Bréfritari: Sigríður Pálsdóttir
Viðtakandi: Páll Pálsson
Dagsetning: A-1865-06-24
Skrifað á: Breiðabólsstað  Rang.
Páll var bróðir Sigríðar

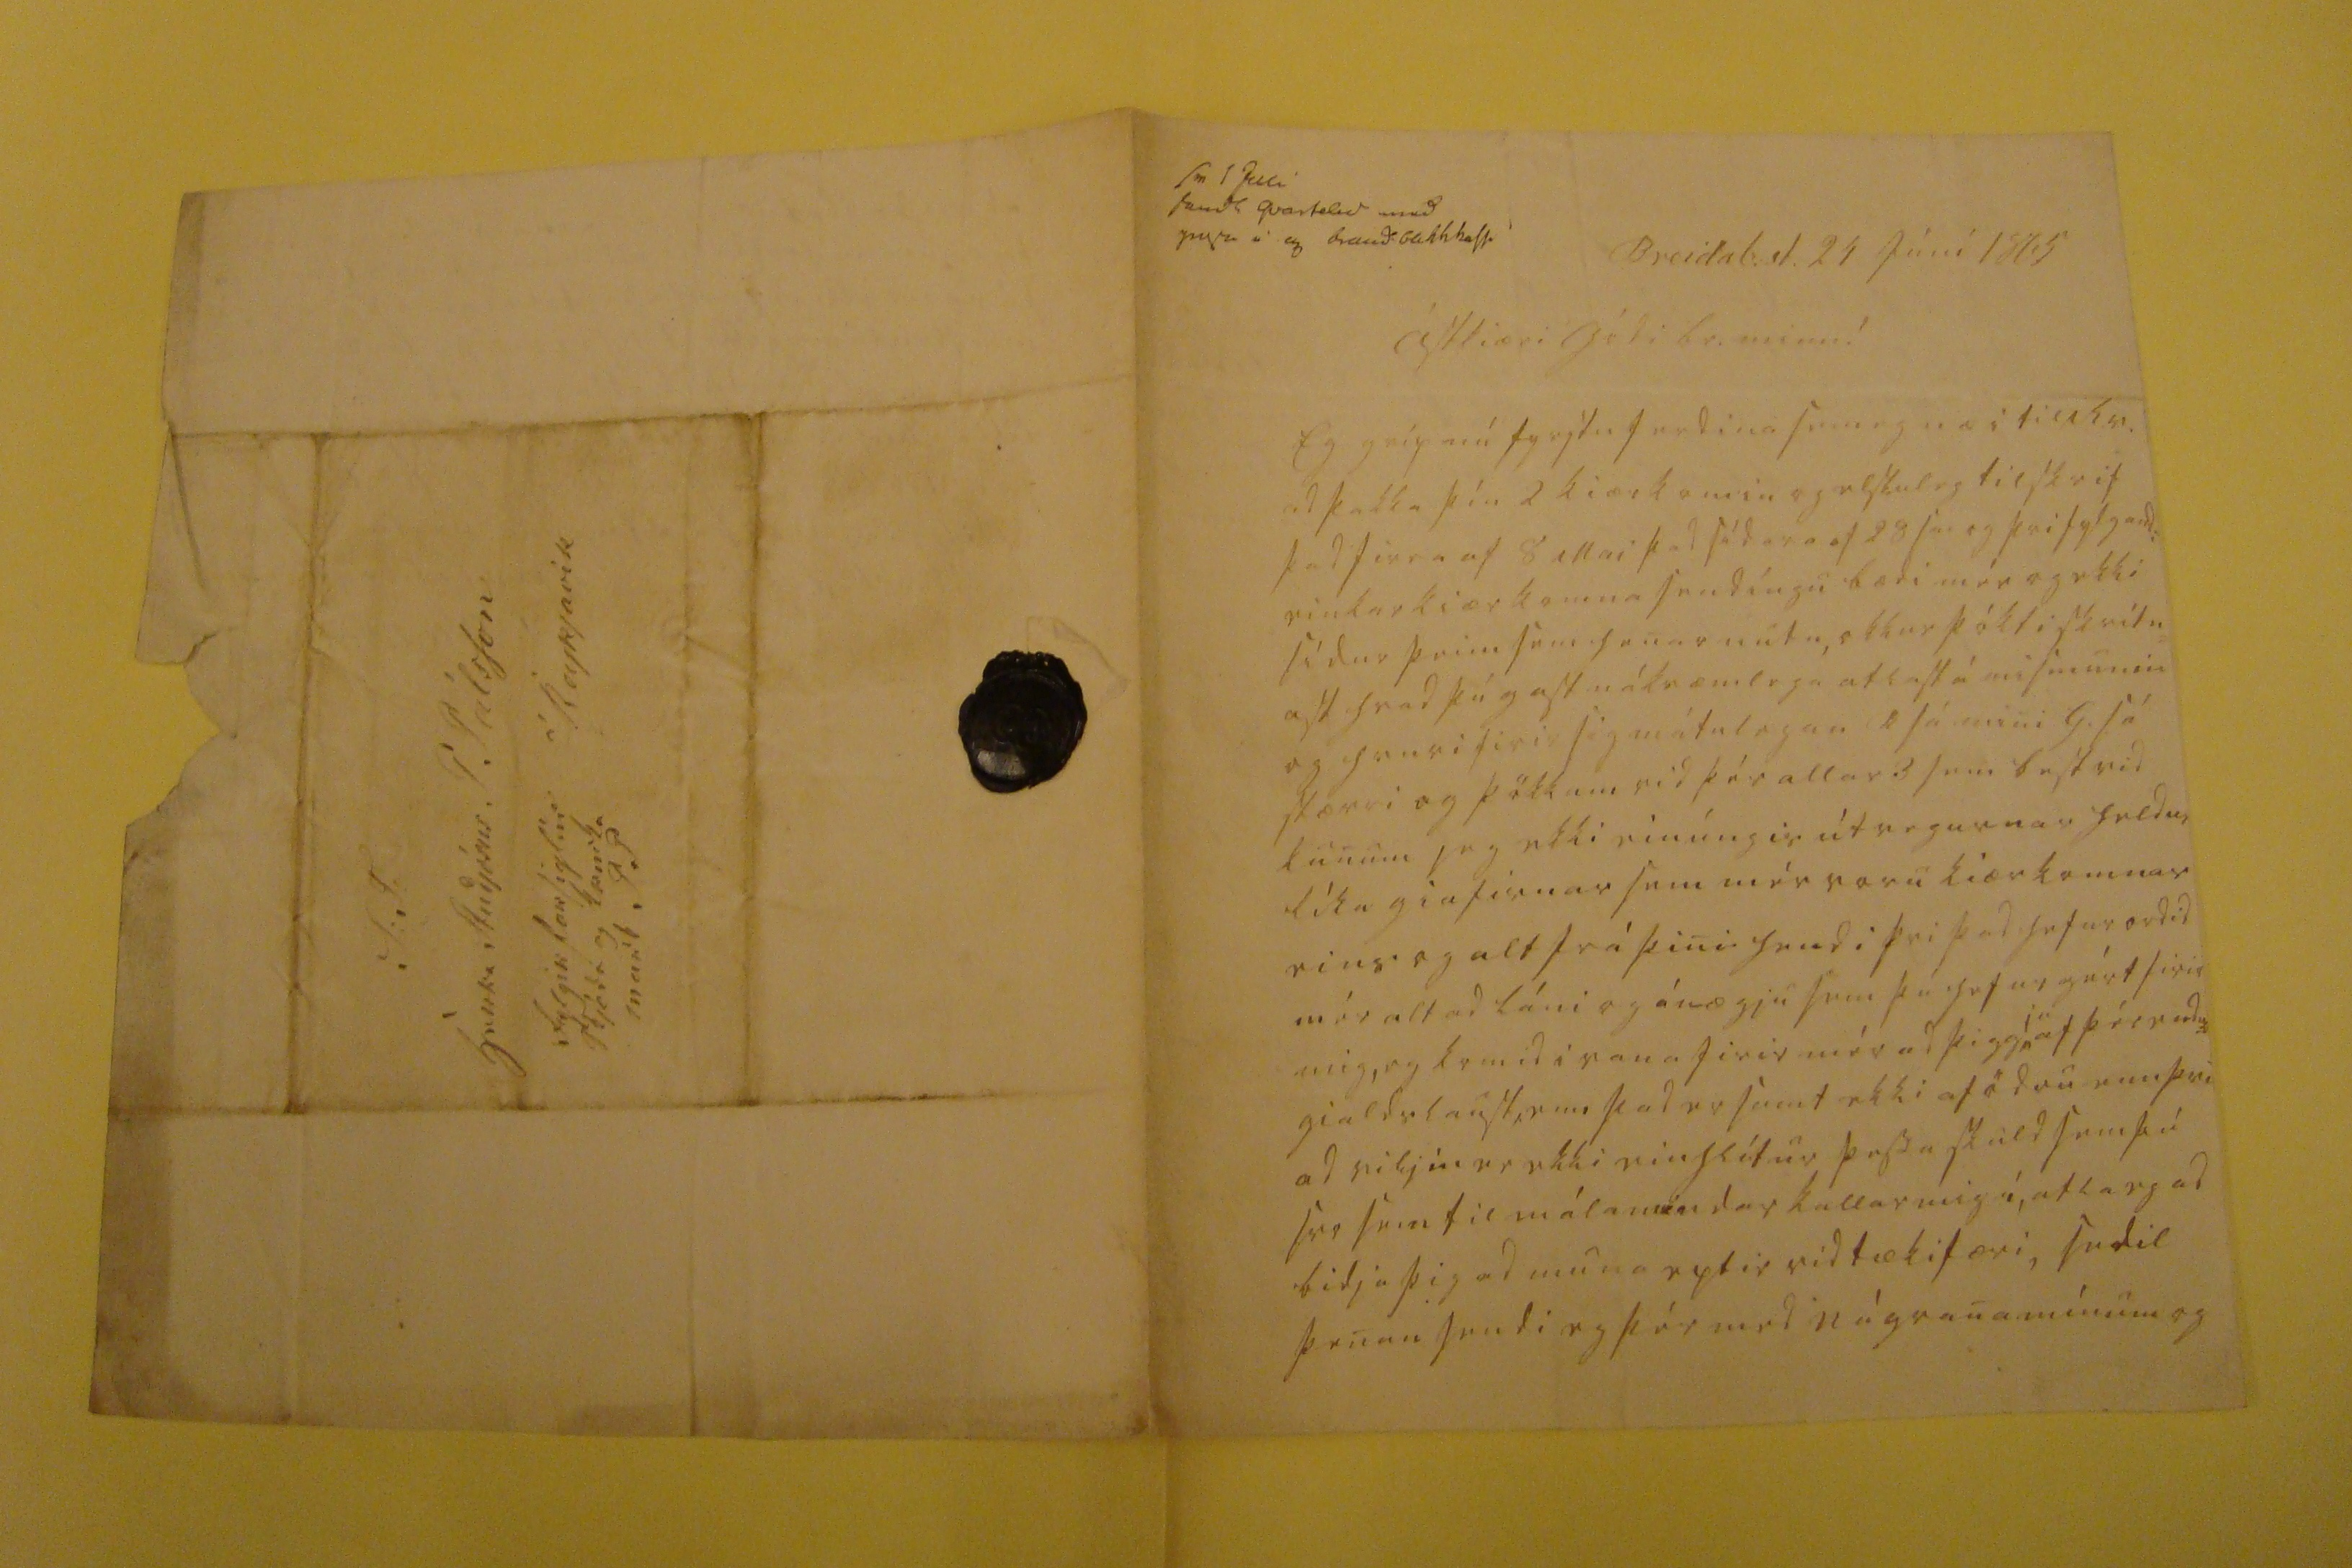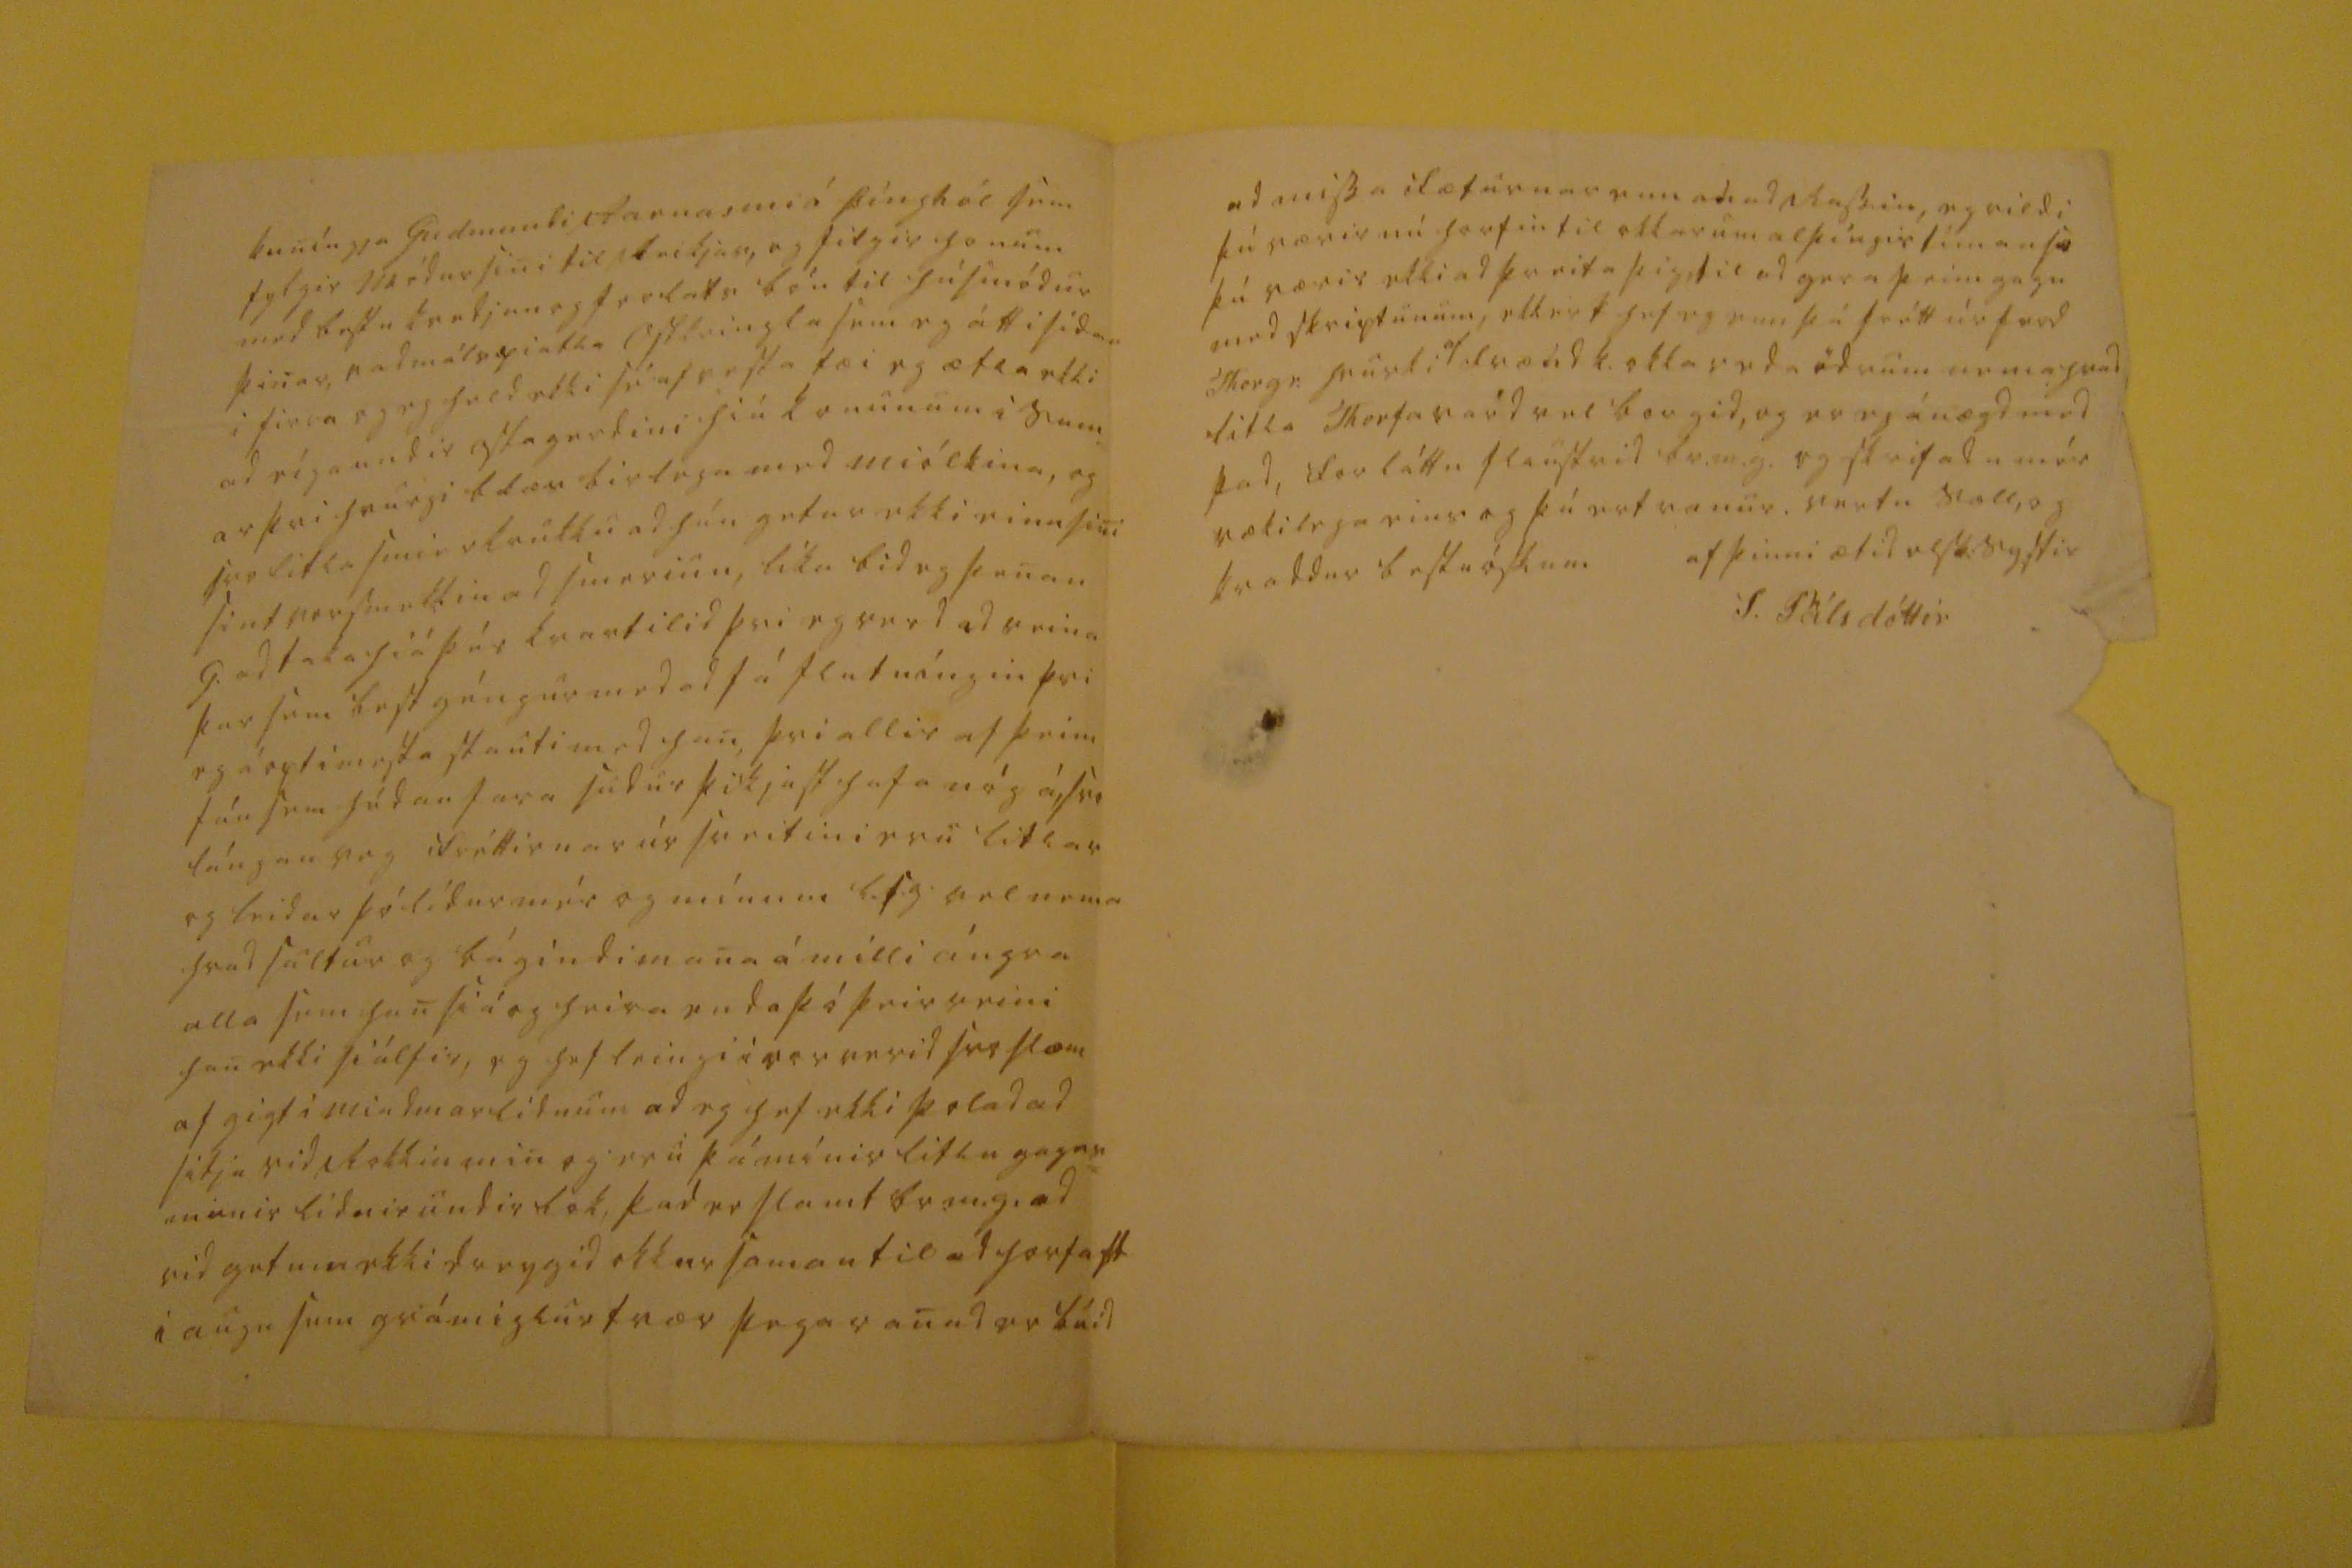

sv 1 Juli send0 qvartilid med nya i 0 braudbl000has0i
Breidab:st. 24 júni 1865
ástkiæri gódi br. minn!
Eg gríp nú fyrstu ferdina sem eg næ i til R.v. ad þakka þín 2 kiærkomin og elskuleg tilskrif þad firra af 8 mai þad sídara af 28
00
og þvi fylgandi einkar kiærkomna sendíngu bædi mér og ekki sídur þeim sem henar nutu, okkur þókti skrítn= ast hvad þú gast nákvæmlega atlast á mismunin og hvuri firir sig mátulegan R sá mini G. sá stærri og þökkum vid þér allar 3 sem best vid kunum ieg ekki einúngis útvegurnar heldur líka giafirnar sem mér voru kiærkomnar eins og alt frá þini hendi þvi þad hefur ordid mér alt ad láni og ánægju sem þú hefur gért firir mig, og komid i vana firir mér ad þigg
ja
af þér endur= gialdslaust, enn þad er samt ekki af ödru enn þvi ad viljin er ekki einhlítur þessa skuld sem þú svo sem til málamindar kallar mig í, atla eg ad bidja þig ad muna eptir vid tækifæri, sedil þenan sendi eg þér med nágrana mínum og
kuníngja Gudmundi Aarnasini á Þínghól sem fylgir módur sini til Reikjav, og filgir honum med bestu kvedjun og forlats bón til húsmódur þinar, vedmálspiatla Ostkringla sem eg átti sídan i firra og eg held ekki sé af vesta tæi eg ætla ekki ad eíga undir ostagerdini hiá konunum i sum= ar þvi hvurgi blæs birlega med miólkina, og svo litla smierkrukku ad hún getur ekki einu sini sint vorsmekkin ad smerinu, líka bid eg þenan G. ad taka hiá þér kvartilid þvi eg verd ad reina þar sem best géngur med ad fá flutníngin þvi eg á opt i mesta standi med han, þvi allir af þeim fáu sem hédan fara sudur þikjast hafa nóg á, svo lángan veg fréttirnar úr sveitini eru litlar og leidar þó lídur mér og mínum l.s.g. vel nema hvad sultur og bágindi mana á milli ángra alla sem han siá og heira enda þó þeir reini han ekki siálfir, eg hef leingi i vor verid svo slæm af gigt i miadmarlidnum ad eg hef ekki þolad ad sitja vid Rokkin min og eru þá mínir litlu gagns= munir lidnir undir lok, þad er slamt br.m.g. ad vid getum ekki dreygid okkur saman til ad horfast i augu sem grámiglur tvær þegar anad er búid
ad missa i fæturnar enn ad ad Rassin, eg vildi þú værir nú horfin til okkar um alþíngis tíman
s0
þú værir ekki ad þreita þig til ad gera þeim gagn med skriptunum, ekkert hef eg enn þá frétt úr ferd Thorgr: hvurki
af
frændk. okkar eda ödrum nema hvad litla Thorfa vard vel borgid, og er eg ánægd med þad, forláttu flaustrid br.m.g. og skrifadu mér rækilega eins og þú ert vanur. vertu sæll, og kvaddur bestu óskum
af þinni ætid elsk: systir
S. Pálsdóttir
S: T: herra Studjósus P Pálsson á Reykjavik fylgir forsiglin skjóda og k
00ka ma00
P P